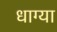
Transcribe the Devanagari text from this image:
धाग्या